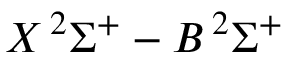
X \, ^ { 2 } \Sigma ^ { + } - B \, ^ { 2 } \Sigma ^ { + }